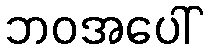
ဘဝအပေါ်